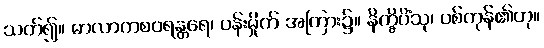
သတ်၍။ မာလာကစဝရန္တရေ၊ ပန်းမှိုက် အကြား၌။ နိက္ခိပိံသု၊ ပစ်ကုန်၏ဟု။